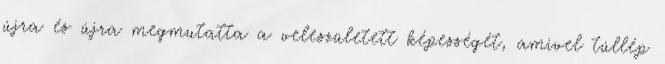
újra és újra megmutatta a veleszületett képességét, amivel túllép